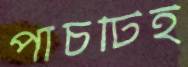
পাঁচটিই